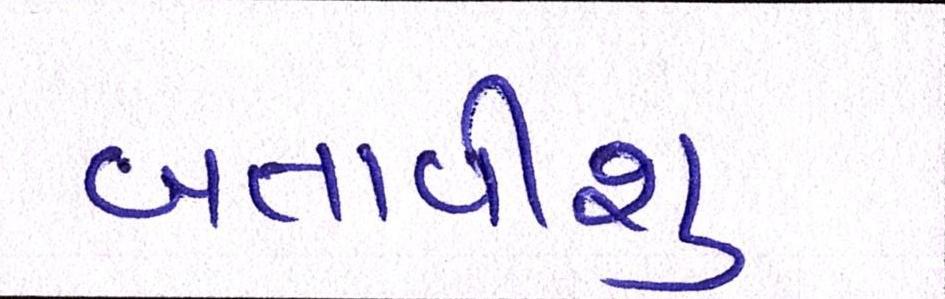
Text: બતાવીશુ